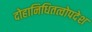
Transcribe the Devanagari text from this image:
दोहानिधितत्वोपदेश